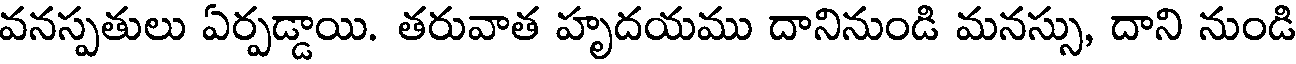
వనస్పతులు ఏర్పడ్డాయి. తరువాత హృదయము దానినుండి మనస్సు, దాని నుండి